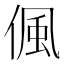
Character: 偑